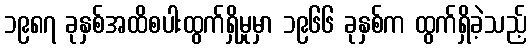
၁၉၈၇ ခုနှစ်အထိစပါးထွက်ရှိမှုမှာ ၁၉၆၆ ခုနှစ်က ထွက်ရှိခဲ့သည့်